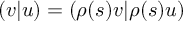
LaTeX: ( v | u ) = ( \rho ( s ) v | \rho ( s ) u )